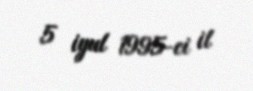
5 iyul 1995-ci il